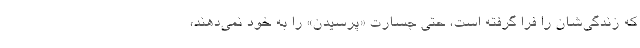
كه زندگي‌شان را فرا گرفته است، حتي جسارت «پرسيدن» را به خود نمي‌دهند،